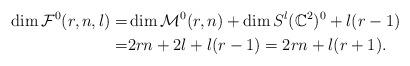
LaTeX: \begin{align*}\dim \mathcal{F}^{0}(r,n,l) = & \dim \mathcal{M}^{0}(r,n) + \dim S^l(\mathbb{C}^2)^0 + l(r-1) \\= & 2rn + 2l + l(r-1) = 2rn + l(r+1).\end{align*}